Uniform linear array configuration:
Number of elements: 64
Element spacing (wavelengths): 0.75
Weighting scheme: exponential
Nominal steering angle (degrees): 45
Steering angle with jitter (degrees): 44.044
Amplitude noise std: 0.05
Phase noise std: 0.05

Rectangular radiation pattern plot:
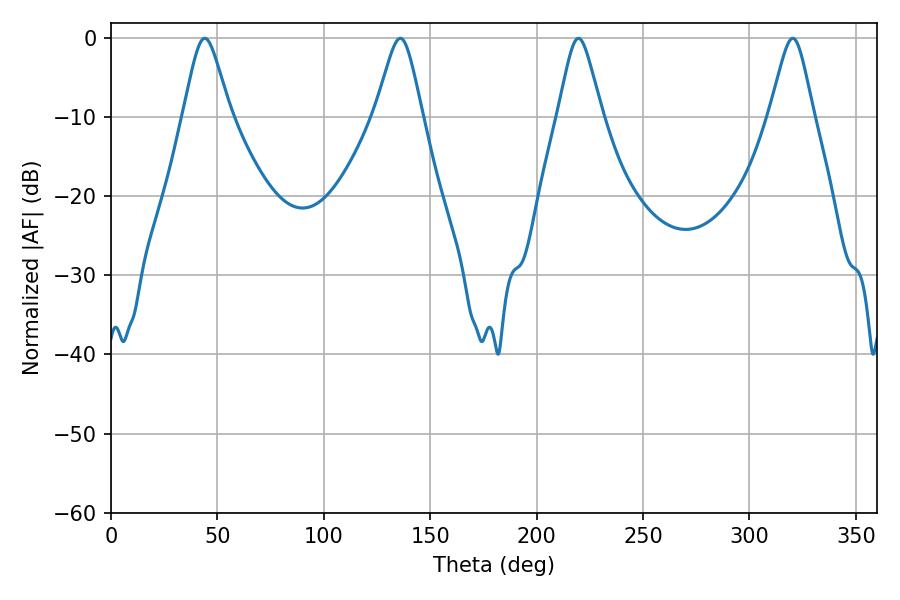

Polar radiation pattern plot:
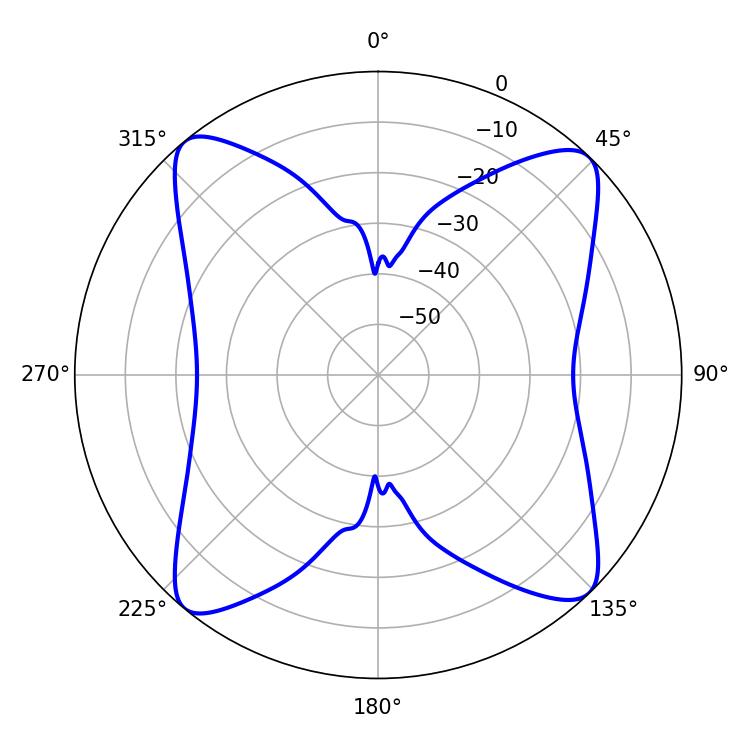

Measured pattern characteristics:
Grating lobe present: TRUE
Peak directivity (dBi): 15.897
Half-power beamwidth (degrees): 9.9
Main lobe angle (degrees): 219.6